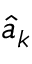
\hat { a } _ { k }